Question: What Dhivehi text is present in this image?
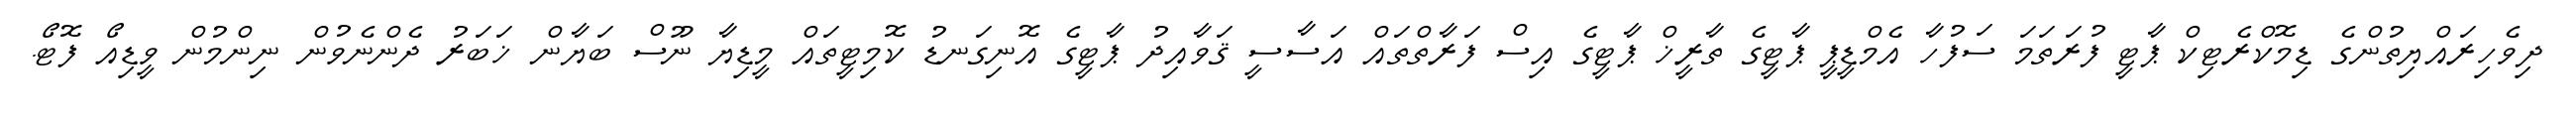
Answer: ދިވެހިރައްޔިތުންގެ ޑިމޮކްރެޓިކް ޕާޓީ ފުރަތަމަ ސަފުހާ އެމްޑީޕީ ޕާޓީގެ ތާރީޚް ޕާޓީގެ އިސް ފަރާތްތައް އަސާސީ ޤަވާއިދު ޕާޓީގެ އޮނިގަނޑު ކޮމިޓީތައް މީޑިޔާ ނޫސް ބަޔާން ޚަބަރު ދެންނެވުން ނިންމުން ވީޑިއޯ ފޮޓޯ.